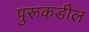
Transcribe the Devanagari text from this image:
पुरूकडील